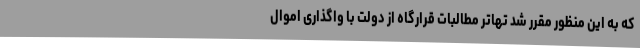
که به این منظور مقرر شد تهاتر مطالبات قرارگاه از دولت با واگذاری اموال